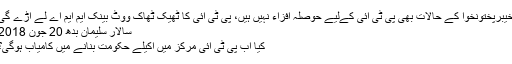
خیبرپختونخوا کے حالات بھی پی ٹی آئی کےلیے حوصلہ افزاء نہیں ہیں، پی ٹی آئی کا ٹھیک ٹھاک ووٹ بینک ایم ایم اے لے اڑے گی
سالار سلیمان بدھ 20 جون 2018
کیا اب پی ٹی آئی مرکز میں اکیلے حکومت بنانے میں کامیاب ہوگی؟